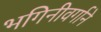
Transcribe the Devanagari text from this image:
भगिनीवर्गाने